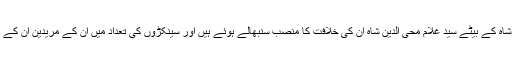
آج کل سید مشتاق حسین شاہ کے بیٹے سید غلام محی الدین شاہ ان کی خلافت کا منصب سنبھالے ہوئے ہیں اور سینکڑوں کی تعداد میں ان کے مریدین ان کے دست پر بیعت یافتہ ہیں ۔